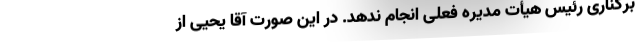
برکناری رئیس هیأت مدیره فعلی انجام ندهد. در این صورت آقا یحیی از